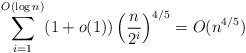
LaTeX: \begin{align*}\sum_{i=1}^{O(\log n)} (1+o(1))\left(\frac{n}{2^i}\right)^{4/5} = O(n^{4/5})\end{align*}